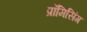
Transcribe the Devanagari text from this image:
प्रॉमिसिंग